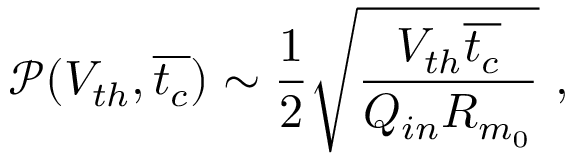
\mathscr { P } ( V _ { t h } , \overline { { t _ { c } } } ) \sim \frac { 1 } { 2 } \sqrt { \frac { V _ { t h } \overline { { t _ { c } } } } { Q _ { i n } R _ { m _ { 0 } } } } ~ ,